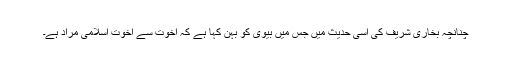
چنانچہ بخاری شریف کی اسی حدیث میں جس میں بیوی کو بہن کہا ہے کہ اخوت سے اخوت اسلامی مراد ہے۔